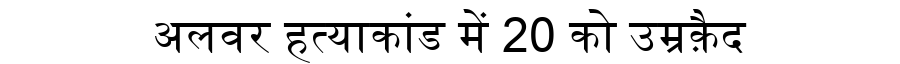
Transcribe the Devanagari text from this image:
अलवर हत्याकांड में 20 को उम्रक़ैद